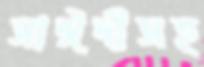
সাঈদীসহ